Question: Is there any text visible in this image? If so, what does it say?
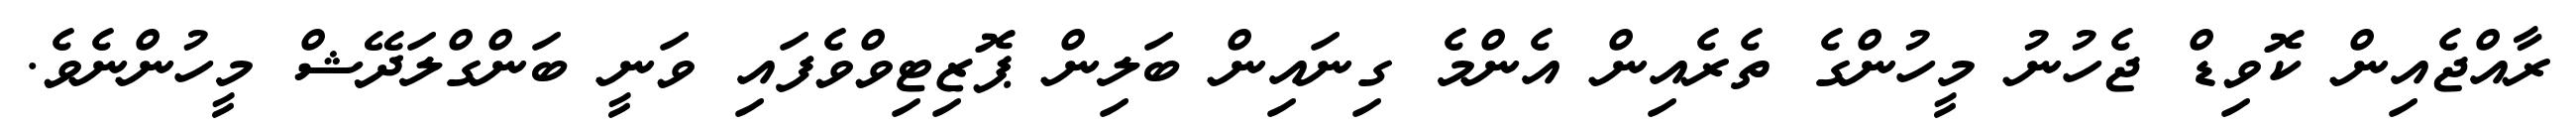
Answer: ރާއްޖެއިން ކޮވިޑް ޖެހުނު މީހުންގެ ތެރެއިން އެންމެ ގިނައިން ބަލިން ޕޮޒިޓިވްވެފައި ވަނީ ބަންގްލަދޭޝް މީހުންނެވެ.